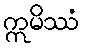
ဣမိဿံ